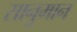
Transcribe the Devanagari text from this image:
सानुमान